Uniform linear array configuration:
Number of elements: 48
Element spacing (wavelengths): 0.25
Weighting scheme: cosine
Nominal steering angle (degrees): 30
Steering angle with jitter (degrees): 30.155
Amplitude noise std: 0.05
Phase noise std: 0.05

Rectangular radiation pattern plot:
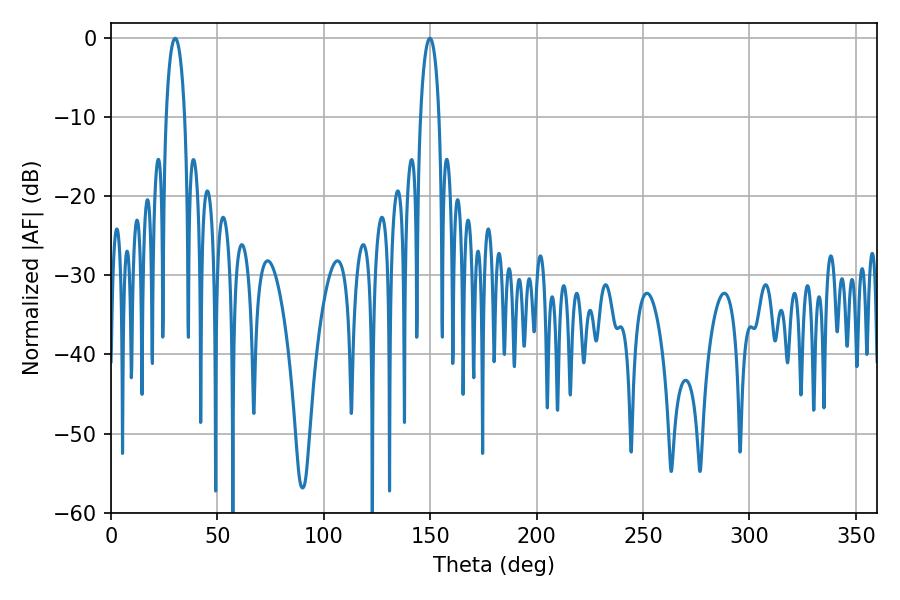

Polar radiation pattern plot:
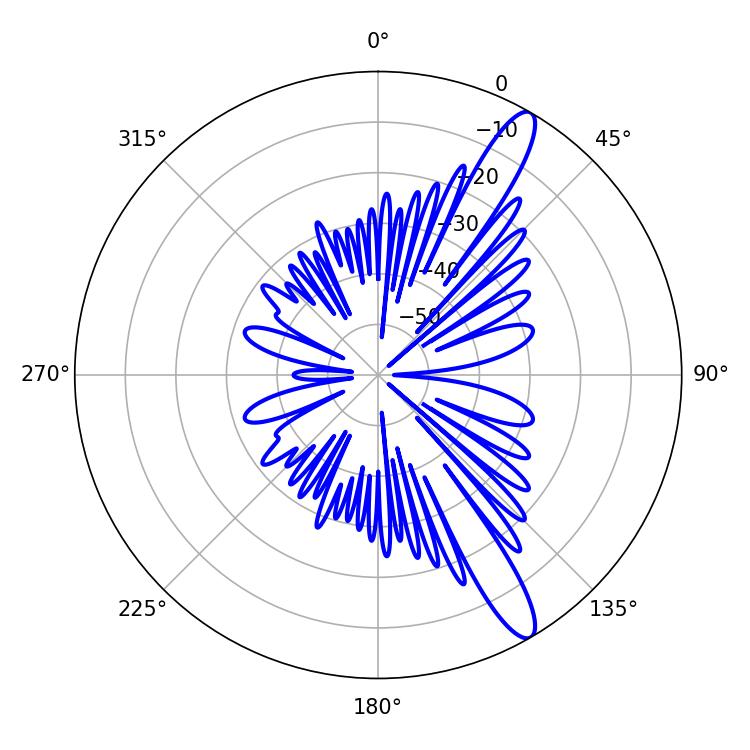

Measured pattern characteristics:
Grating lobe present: FALSE
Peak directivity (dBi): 13.125
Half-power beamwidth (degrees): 5.04
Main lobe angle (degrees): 30.24